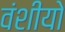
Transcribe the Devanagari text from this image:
वंशीयो